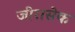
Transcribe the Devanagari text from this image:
जीरासेक